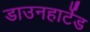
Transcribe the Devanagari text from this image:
डाउनहार्टेड